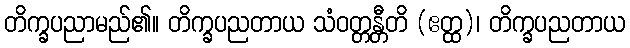
တိက္ခပညာမည်၏။ တိက္ခပညတာယ သံဝတ္တန္တီတိ (ဧတ္ထ)၊ တိက္ခပညတာယ